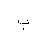
Letter: _ba